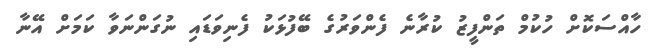
ހާއްސަކޮށް ހުކުމް ތަންފީޒު ކުރާނެ ފެންވަރުގެ ބޭފުޅަކު ފެނިވަޑައި ނުގަންނަވާ ކަމަށް އޭނާ